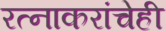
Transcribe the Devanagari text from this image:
रत्‍नाकरांचेही